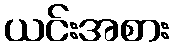
ယင်းအစား